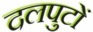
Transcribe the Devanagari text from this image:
दलपुटों